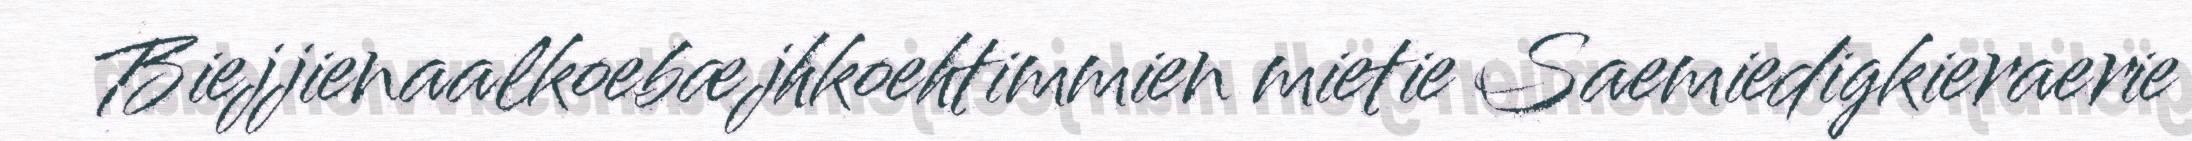
Biejjienaalkoebæjhkoehtimmien mietie Saemiedigkieraerie